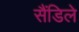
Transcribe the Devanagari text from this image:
सैंडिले